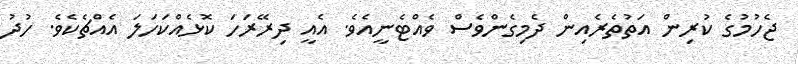
ޖެހުމުގެ ކުރިން އަތުތެރެއިން ދެމިގެންވެސް ވެއްޓެނީއެވެ. އެއީ ދިރޭރަހަ ކޮޅެއްކަހަލަ އެއްޗެކެވެ. ހުދު